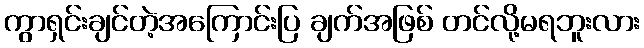
ကွာရှင်းချင်တဲ့အကြောင်းပြ ချက်အဖြစ် တင်လို့မရဘူးလား